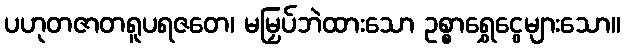
ပဟုတဇာတရူပရဇတေ၊ မမြှပ်ဘဲထားသော ဥစ္စာရွှေငွေများသော။